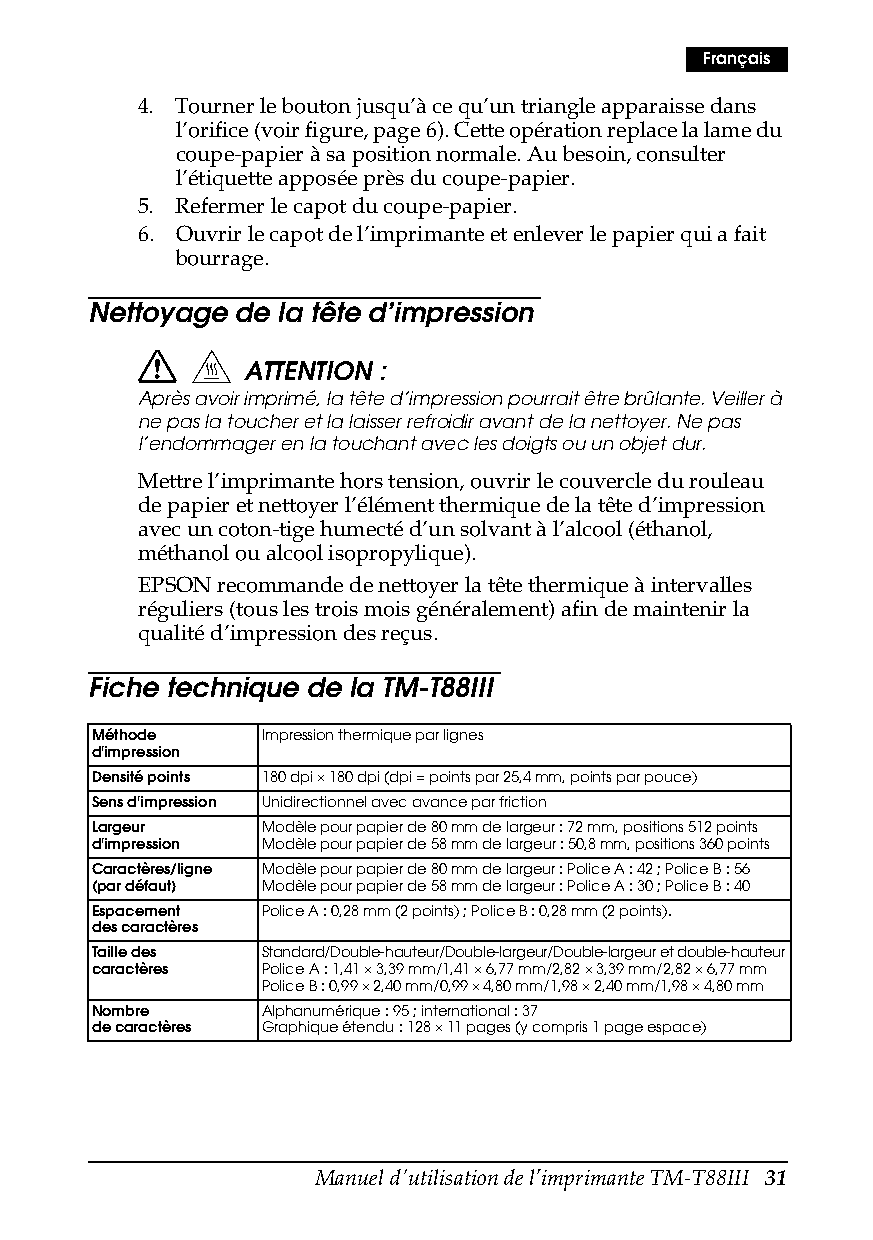
Français
 4. Tourner le bouton jusqu’à ce qu’un triangle apparaisse dans
 l’orifice (voir figure, page6). Cette opération replace la lame du
 coupe-papier à sa position normale. Au besoin, consulter
 l’étiquette apposée près du coupe-papier.
 5. Refermer le capot du coupe-papier.
 6. Ouvrir le capot de l’imprimante et enlever le papier qui a fait
 bourrage.
 Nettoyage de la tête d’impression
 ATTENTION :
 Après avoir imprimé, la tête d’impression pourrait être brûlante. Veiller à
 ne pas la toucher et la laisser refroidir avant de la nettoyer. Ne pas
 l’endommager en la touchant avec les doigts ou un objet dur.
 Mettre l’imprimante hors tension, ouvrir le couvercle du rouleau
 de papier et nettoyer l’élément thermique de la tête d’impression
 avec un coton-tige humecté d’un solvant à l’alcool (éthanol,
 méthanol ou alcool isopropylique).
 EPSON recommande de nettoyer la tête thermique à intervalles
 réguliers (tous les trois mois généralement) afin de maintenir la
 qualité d’impression des reçus.
 Fiche technique de la TM-T88III
 Méthode     Impression thermique par lignes
 d'impression
 Densité points 180 dpi × 180 dpi (dpi = points par 25,4 mm, points par pouce)
 Sens d'impression Unidirectionnel avec avance par friction
 Largeur     Modèle pour papier de 80 mm de largeur : 72 mm, positions 512 points
 d'impression Modèle pour papier de 58 mm de largeur : 50,8 mm, positions 360 points
 Caractères/ligne Modèle pour papier de 80 mm de largeur : Police A : 42 ; Police B : 56
 (par défaut) Modèle pour papier de 58 mm de largeur : Police A : 30 ; Police B : 40
 Espacement  Police A : 0,28 mm (2 points) ; Police B : 0,28 mm (2 points).
 des caractères
 Taille des  Standard/Double-hauteur/Double-largeur/Double-largeur et double-hauteur
 caractères  Police A : 1,41 × 3,39mm/1,41 × 6,77mm/2,82 × 3,39mm/2,82 × 6,77mm
 Police B : 0,99 × 2,40mm/0,99 × 4,80mm/1,98 × 2,40mm/1,98 × 4,80mm
 Nombre      Alphanumérique : 95 ; international : 37
 de caractères Graphique étendu : 128×11 pages (y compris 1 page espace)
 Manuel d'utilisation de l’imprimante TM-T88III 31